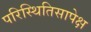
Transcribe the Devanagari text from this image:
परिस्थितिसापेक्ष